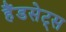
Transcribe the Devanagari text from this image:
हैंडसेट्स